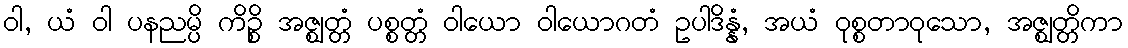
ဝါ, ယံ ဝါ ပနညမ္ပိ ကိဉ္စိ အဇ္ဈတ္တံ ပစ္စတ္တံ ဝါယော ဝါယောဂတံ ဥပါဒိန္နံ, အယံ ဝုစ္စတာဝုသော, အဇ္ဈတ္တိကာ